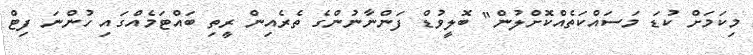
މިކަމަށް ކުޑަ މަސައްކަތެއްކޮށްލުން" ބޮލީވުޑް ފަންނާނުންގެ ތެރެއިން ރީތި ބައްޓަމެއްގައި ހުންނަ ފިޓް